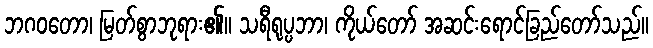
ဘဂဝတော၊ မြတ်စွာဘုရား၏။ သရီရုပ္ပဘာ၊ ကိုယ်တော် အဆင်းရောင်ခြည်တော်သည်။